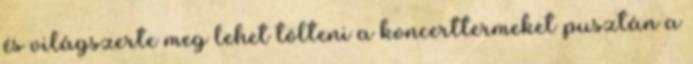
és világszerte meg lehet tölteni a koncerttermeket pusztán a